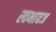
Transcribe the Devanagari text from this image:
स्वभावज